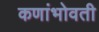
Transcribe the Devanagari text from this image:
कणांभोवती